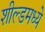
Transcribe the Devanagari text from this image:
शील्डमध्ये